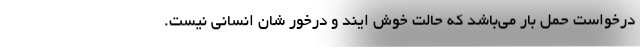
درخواست حمل بار می‌باشد که حالت خوش ایند و درخور شان انسانی نیست.